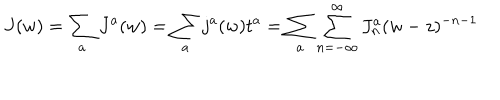
J ( w ) = \sum _ { a } J ^ { a } ( w ) = \sum _ { a } j ^ { a } ( w ) t ^ { a } = \sum _ { a } \sum _ { n = - \infty } ^ { \infty } J _ { n } ^ { a } ( w - z ) ^ { - n - 1 }